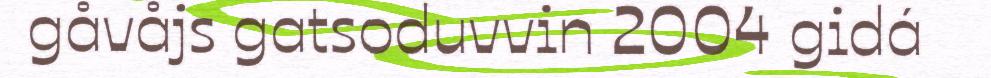
gåvåjs gatsoduvvin 2004 gidá